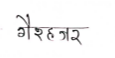
मजकूर: गैरहजर